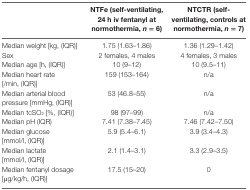
<table><thead><tr><td></td><td><b>NTFe (self-ventilating, 24 h iv fentanyl at normothermia, <i>n</i> = 6)</b></td><td><b>NTCTR (self-ventilating, controls at normothermia, <i>n</i> = 7)</b></td></tr></thead><tbody><tr><td>Median weight [kg, (IQR)]</td><td>1.75 (1.63–1.86)</td><td>1.36 (1.29–1.42)</td></tr><tr><td>Sex</td><td>2 females, 4 males</td><td>4 females, 3 males</td></tr><tr><td>Median age [h, (IQR)]</td><td>10 (9–12)</td><td>10 (9.5–11)</td></tr><tr><td>Median heart rate [/min, (IQR)]</td><td>159 (153–164)</td><td>n/a</td></tr><tr><td>Median arterial blood pressure [mmHg, (IQR)]</td><td>53 (46.8–55)</td><td>n/a</td></tr><tr><td>Median tcSO<sub>2</sub> [%, (IQR)]</td><td>98 (97–99)</td><td>n/a</td></tr><tr><td>Median pH (IQR)</td><td>7.41 (7.38–7.45)</td><td>7.46 (7.42–7.50)</td></tr><tr><td>Median glucose [mmol/l, (IQR)]</td><td>5.9 (5.4–6.1)</td><td>3.9 (3.4–4.3)</td></tr><tr><td>Median lactate [mmol/l, (IQR)]</td><td>2.1 (1.4–3.1)</td><td>3.3 (2.9–3.5)</td></tr><tr><td>Median fentanyl dosage [μg/kg/h, (IQR)]</td><td>17.5 (15–20)</td><td>0</td></tr></tbody></table>